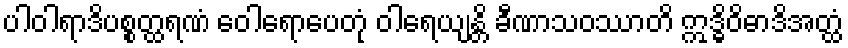
ပါဝါရာဒိပစ္စတ္ထရဏံ ဝေါရောပေတုံ ဝါရေယျန္တိ ခီဏာသဝဿာတိ ဣဒ္ဓိဝိဓာဒိအတ္ထံ